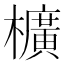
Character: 櫎